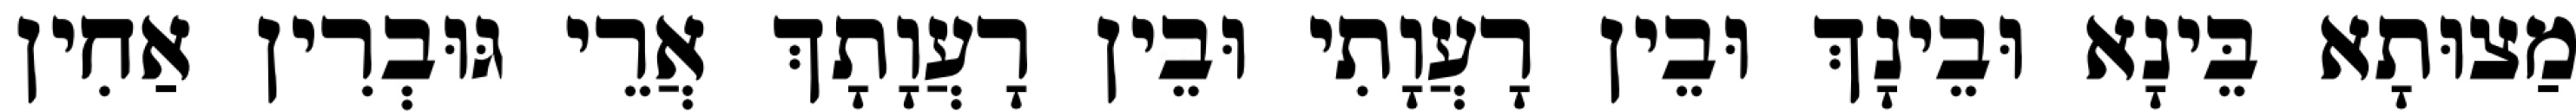
מַצוּתָא בֵּינָא וּבֵינָךְ וּבֵין רָעֲוָתִי וּבֵין רָעֲוָתָךְ אֲרֵי גּוּבְרִין אַחִין